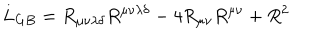
LaTeX: L _ { G B } = R _ { \mu \nu \lambda \delta } R ^ { \mu \nu \lambda \delta } - 4 R _ { \mu \nu } R ^ { \mu \nu } + R ^ { 2 }